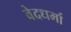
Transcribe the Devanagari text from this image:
वेदधर्मा